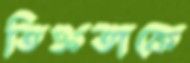
তিক্ততাকে